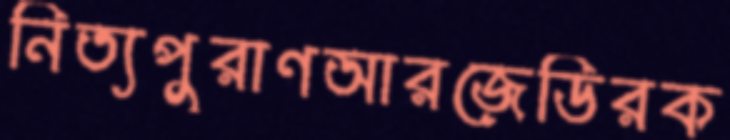
নিত্যপুরাণআরজেডিরক